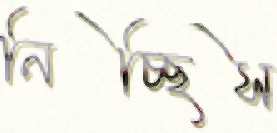
নিচ্ছিস